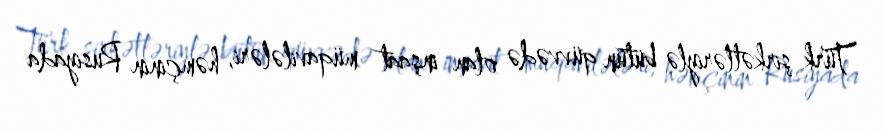
Türk şirkətləriylə bütün qüvvədə olan inşaat müqavilələri, həmçinin Rusiyada